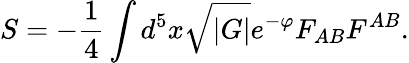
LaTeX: S=-\frac{1}{4}\int d^{5}x\sqrt{|G|}e^{-\varphi}F_{AB}F^{AB}.